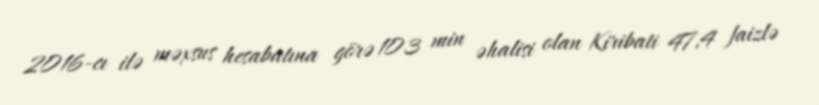
2016-cı ilə məxsus hesabatına görə 103 min əhalisi olan Kiribati 47,4 faizlə